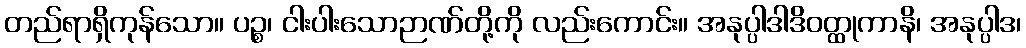
တည်ရာရှိကုန်သော။ ပဉ္စ၊ ငါးပါးသောဉာဏ်တို့ကို လည်းကောင်း။ အနုပ္ပါဒါဒိဝတ္ထုကာနိ၊ အနုပ္ပါဒ၊